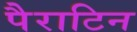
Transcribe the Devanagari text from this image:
पैराटिन